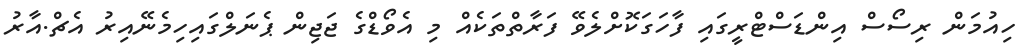
ހިއުމަން ރިސޯސް އިންޑަސްޓްރީގައި ފާހަގަކޮށްލެވޭ ފަރާތްތަކެއް މި އެވޯޑްގެ ޖަޖިން ޕެނަލްގައިހިމެނޭއިރު އެޗް.އާރު